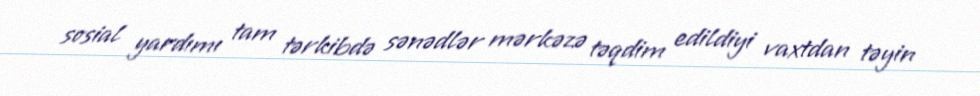
sosial yardımı tam tərkibdə sənədlər mərkəzə təqdim edildiyi vaxtdan təyin